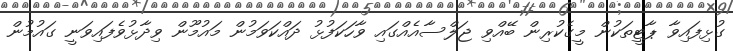
ގުޅިފައިވާ ޕާޓީތަކުން މީގެކުރިން ބޭއްވި ޖަލްސާއެއްގައި ވާހަކަފުޅު ދައްކަވަމުން މައުމޫން ވިދާޅުވެފައިވަނީ ގައުމުން